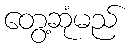
တွေ့ဆုံမည်